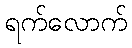
ရက်လောက်